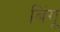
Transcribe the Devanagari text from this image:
बिंगू